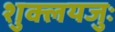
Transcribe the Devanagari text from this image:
शुक्लयजुः